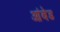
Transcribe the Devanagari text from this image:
आंबेड